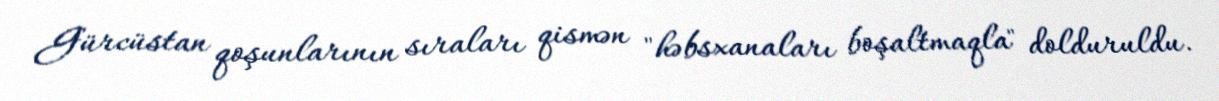
Gürcüstan qoşunlarının sıraları qismən "həbsxanaları boşaltmaqla" dolduruldu.